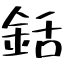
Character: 銛